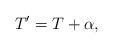
LaTeX: \begin{align*} T'= T + \alpha,\end{align*}